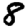
Digit: 8